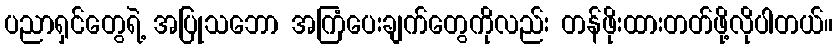
ပညာရှင်တွေရဲ့ အပြုသဘော အကြံပေးချက်တွေကိုလည်း တန်ဖိုးထားတတ်ဖို့လိုပါတယ်။